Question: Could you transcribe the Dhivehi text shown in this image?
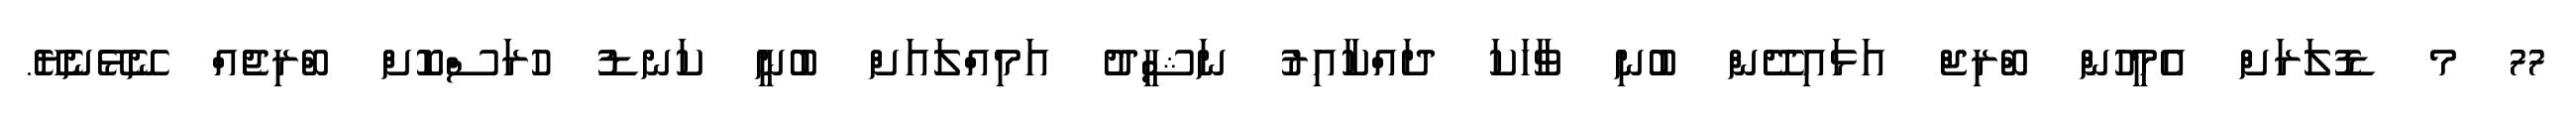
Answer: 77 މ ޑޮލަރަށް އެމީހުން ބްރިޖް އަޅައިދޭން ބުނި ވާހަކަ ދައްކާއިރު ނަޝީދު އަމިއްލައަށް ބުނީ ކަނޑު ހުރަސްކޮށް ބްރިޖެއް ނޭޅޭނެޔޭ.